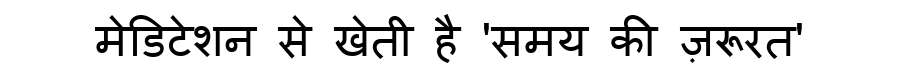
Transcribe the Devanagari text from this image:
मेडिटेशन से खेती है 'समय की ज़रूरत'